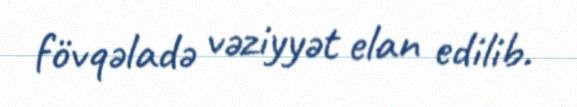
fövqəladə vəziyyət elan edilib.